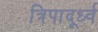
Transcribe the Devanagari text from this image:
त्रिपादूर्ध्व